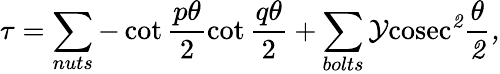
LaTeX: \tau=\sum_{nuts}-\cot\frac{p\theta}{2}\cot\frac{q\theta}{2}+\sum_{bolts}\cal{Y}\mathrm{cosec}^{2}\frac{\theta}{2},